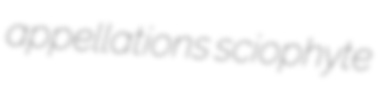
appellations sciophyte